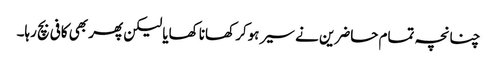
چنانچہ تمام حاضرین نے سیر ہوکر کھانا کھایا لیکن پھر بھی کافی بچ رہا۔